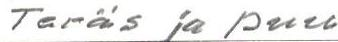
Teräs ja puu